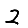
Digit: 2